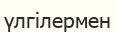
үлгілермен